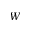
W